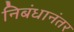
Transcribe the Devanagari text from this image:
निबंधानंतर